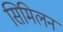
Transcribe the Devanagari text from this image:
सिमिलन